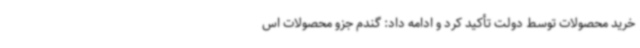
خرید محصولات توسط دولت تأکید کرد و ادامه داد: گندم جزو محصولات اس